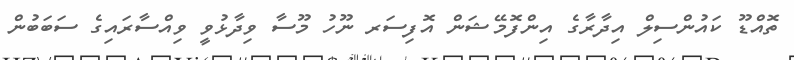
ތޮއްޑޫ ކައުންސިލް އިދާރާގެ އިންފޮމޭޝަން އޮފިސަރ ނޫހު މޫސާ ވިދާޅުވީ ވިއްސާރައިގެ ސަބަބުން